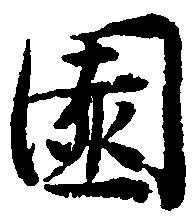
園